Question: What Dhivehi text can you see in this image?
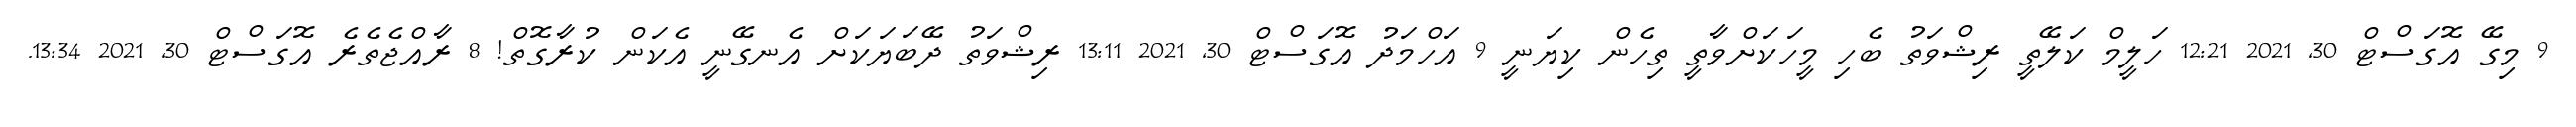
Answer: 9 މިގޭ އޮގަސްޓް 30, 2021 12:21 ހަލީމް ކަލޭތީ ރިޝްވަތު ބެހި މީހަކަށްވާތީ ތިހެން ކިޔަނީ 9 އަހްމަދު އޮގަސްޓް 30, 2021 13:11 ރިޝްވަތު ދޭބަޔަކަށް އެނގޭނީ އެކަން ކުރާގޮތް! 8 ރާއްޖެތެރެ އޮގަސްޓް 30, 2021 13:34.